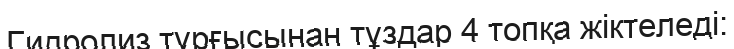
Гидролиз тұрғысынан тұздар 4 топқа жіктеледі: